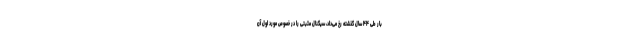
بار طی ۴۴ سال گذشته رخ می‌داد، سیگنال مثبتی را در خصوص مورد اول آن